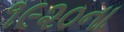
૧૯૨૦ના